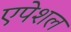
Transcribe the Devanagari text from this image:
एपेशल